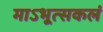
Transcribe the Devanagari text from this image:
माऽभूत्सकलं